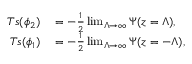
\begin{array} { r l } { T s ( \phi _ { 2 } ) } & { { } = - \frac { 1 } { 2 } \operatorname* { l i m } _ { \Lambda \to \infty } \Psi ( z = \Lambda ) , } \\ { T s ( \phi _ { 1 } ) } & { { } = - \frac { 1 } { 2 } \operatorname* { l i m } _ { \Lambda \to \infty } \Psi ( z = - \Lambda ) , } \end{array}